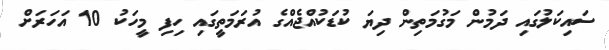
ސައިކަލުގައި ދަމުން މަގުމަތިން ދިޔަ ކުޑަކުއްޖެއްގެ އުރަމަތީގައި ހިފި މީހަކު 10 އަހަރަށް